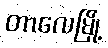
တာလေမြို့